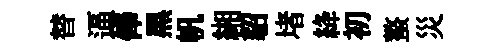
替逼俸黒帆緗貂堵絳初螯災